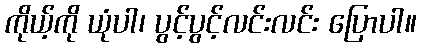
ကိုယ့်ကို ယုံပါ၊ ပွင့်ပွင့်လင်းလင်း ပြောပါ။